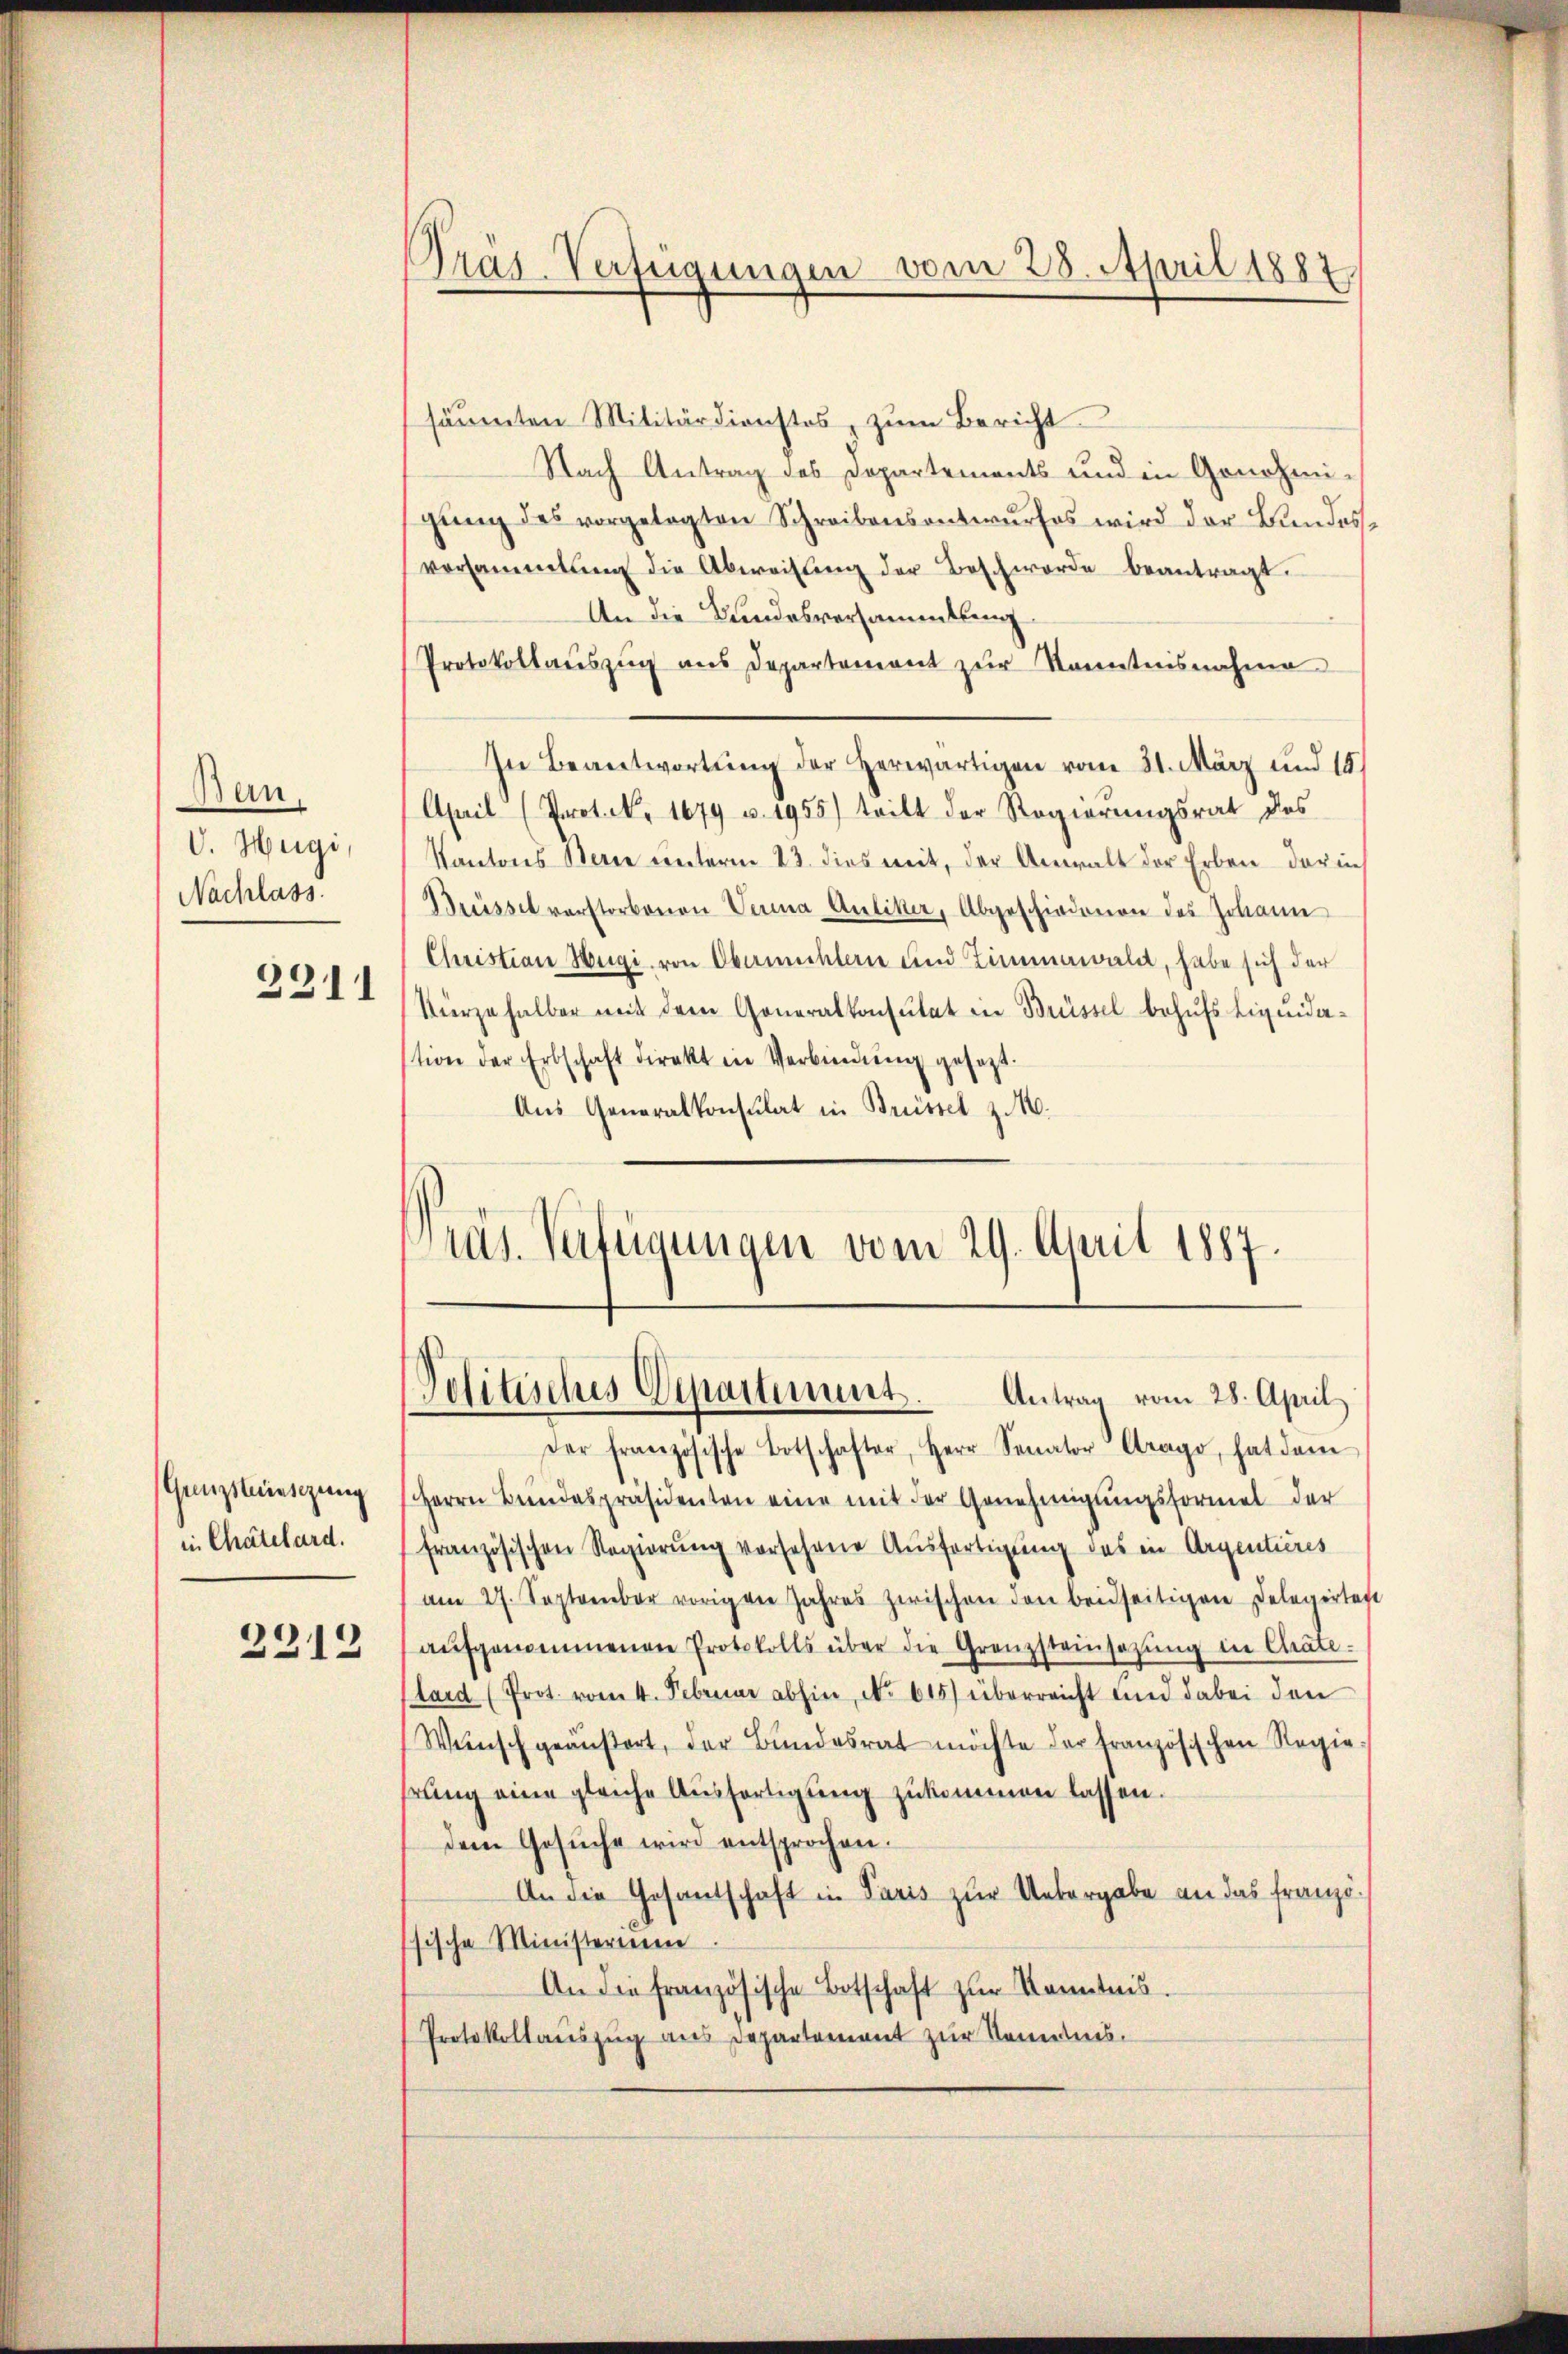
Ban,
V. Hugi,
Nachlass
3311

Gunzstünsizung
in Chatelard.

2212

Tras-Verfügungen vom 28. April 1887

säumten Militärdienstes, zum Bericht
Nach Antrag des Departements und in Genehmi-
gung des vorgelegten Schreibensantwurfes wird der Bundes,
vorsammlung die Abweisung der Beschwerde beantragt.
An die Bundesversammlung
Protokollauszug aus Departement zur Kenntnisnahme
In Beantwortung der Herwärtigen vom 31. März und 18.
April (Prot. N. 1679 u. 1955) tritt der Regierungsrat des
Kantons Berne unterm 23. dies mit, der Anwalt der Erben darin
Brüssel verstorbenen Verna Auliker, Abgeschiedenen des Johann
Christian Hegi, von Obermühlern und Limmawaldt, habe sich der
Kürze halber mit dem Generalkonsulat in Brüssel behufs Liquidastion der Erbschaft direkt in Verbindŭng gesezt:
Aus Generalkonsulat in Brissel z. 16.
Präs. Verteigungen vom 29. April 1887.

Politisches Departement. Antrag vom 28. April

Der französische Botschafter, Herr Senator Arago, hat dem
Herrn Bundespräsidenten eine mit der Genehmigungsformel der
französischen Regierung vorsehene Ausfertigung des in Argentieres
am 27. September vorigen Jahres zwischen den beidseitigen Delegirtest
aŭfgenommenen Protokolls über die Grenzsteinsatzŭng in Chate-
Lard (Prot. vom 4. Februar abhin, No 615) überreicht und dabei den
Wünsch geäußert, der Bundesrat möchte der französischen Regiehrung eine gleiche Ausfertigung zukommen lassen.
dem Gesŭche wird entsprochen.
An die Gesandschaft in Paris zur Uebergabe an das französische Ministerium
An die französische Botschaft zŭr Kenntnis.
Protokollauszug aus Departement zur Kenntnis.